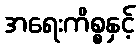
အရေးကိစ္စနှင့်